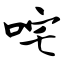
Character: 咤